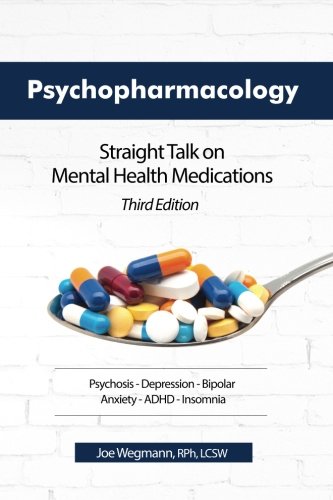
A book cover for Psychopharmacology: Straight Talk on Mental Health Medications, Third Edition; Joseph Wegmann; Medical Books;